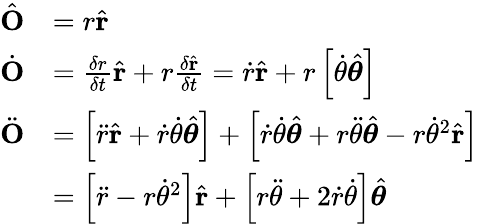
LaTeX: {\begin{array}{rl}{{\hat{\mathbf{O}}}}&{=r{\hat{\mathbf{r}}}}\\ {{\dot{\mathbf{O}}}}&{={\frac{\delta r}{\delta t}}{\hat{\mathbf{r}}}+r{\frac{\delta{\hat{\mathbf{r}}}}{\delta t}}={\dot{r}}{\hat{\mathbf{r}}}+r\left[{\dot{\theta}}{\hat{\boldsymbol{\theta}}}\right]}\\ {{\ddot{\mathbf{O}}}}&{=\left[{\ddot{r}}{\hat{\mathbf{r}}}+{\dot{r}}{\dot{\theta}}{\hat{\boldsymbol{\theta}}}\right]+\left[{\dot{r}}{\dot{\theta}}{\hat{\boldsymbol{\theta}}}+r{\ddot{\theta}}{\hat{\boldsymbol{\theta}}}-r{\dot{\theta}}^{2}{\hat{\mathbf{r}}}\right]}\\ &{=\left[{\ddot{r}}-r{\dot{\theta}}^{2}\right]{\hat{\mathbf{r}}}+\left[r{\ddot{\theta}}+2{\dot{r}}{\dot{\theta}}\right]{\hat{\boldsymbol{\theta}}}}\end{array}}